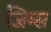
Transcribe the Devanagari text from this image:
जिम्स